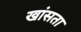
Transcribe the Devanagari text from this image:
खांसता